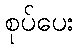
စုပ်ပေး